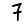
Digit: 7